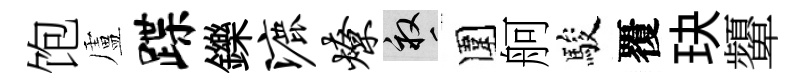
饱盧蹀鑠漉燎畝圍舸駿覆玦顰